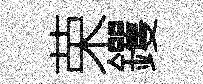
荣钁